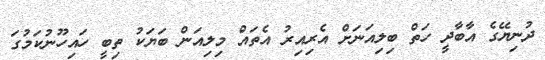
ދުނިޔޭގެ އާބާދީ ހަތް ބިލިއަނަށް އެރިއިރު އެތައް މިލިއަން ބަޔަކު ތިބީ ހައިހޫނުކަމުގަ